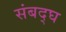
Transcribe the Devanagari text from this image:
संबद्घ